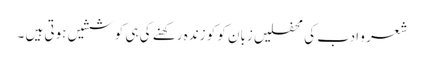
شعر و ادب کی محفلیں زبان کو کو زندہ رکھنے کی ہی کوششیں ہوتی ہیں ۔